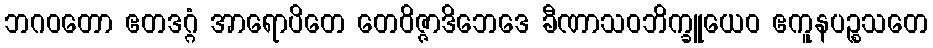
ဘဂဝတော ဧတဒဂ္ဂံ အာရောပိတေ တေဝိဇ္ဇာဒိဘေဒေ ခီဏာသဝဘိက္ခူယေဝ ဧကူနပဉ္စသတေ